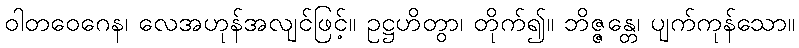
ဝါတဝေဂေန၊ လေအဟုန်အလျင်ဖြင့်။ ဥဋ္ဌဟိတွာ၊ တိုက်၍။ ဘိဇ္ဇန္တေ၊ ပျက်ကုန်သော။